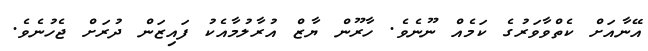
އޭނާއަށް ކެތްވާވަރުގެ ކަމެއް ނޫނެވެ. ހާރޫން ޔާޒް އުރާލުމާއެކު ފައިޒަން ދުރަށް ޖެހުނެވެ.